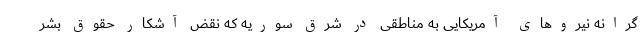
گرانه نیروهای آمریکایی به مناطقی در شرق سوریه که نقض آشکار حقوق بشر